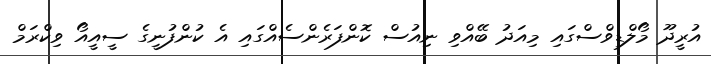
އުރީދޫ މޯލްޑިވްސްގައި މިއަދު ބޭއްވި ނިއުސް ކޮންފަރެންސެއްގައި އެ ކުންފުނީގެ ސީއީއޯ ވިކްރަމް